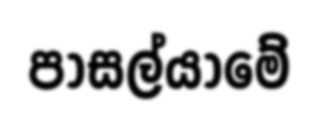
පාසල්යාමේ